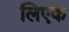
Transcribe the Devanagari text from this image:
लिएके